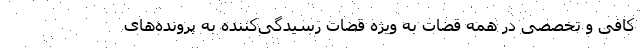
کافی و تخصصی در همه قضات به ویژه قضات رسیدگی‌کننده به پرونده‌های